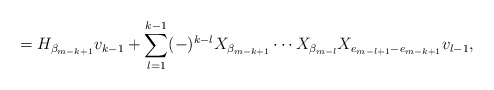
\begin{align*} = H_{ \beta _{m-k+1} } v_{k-1} + \sum_{l=1}^{k-1} (-)^{k-l} X_{ \beta _{m-k+1} } \cdots X_{ \beta _{m-l} } X_{e_{m-l+1} - e_{m-k+1} } v_{l-1},\end{align*}